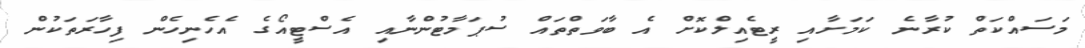
މަސައްކަތް ކުރާނެ ކަމަށާއި ރީޓެއިލްކޮށް އެ ބާވަތްތައް ސުޕަމާޓުންނާއި އެސްޓީއޯގެ އެހެނިހެން ފިހާރަތަކުން